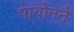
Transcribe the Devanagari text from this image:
पावोनने